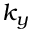
k _ { y }